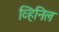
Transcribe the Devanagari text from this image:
व्हिनिल